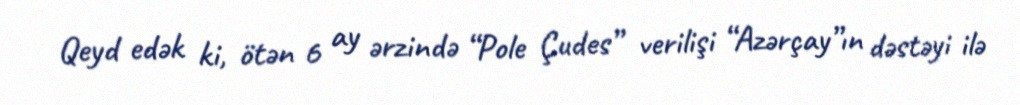
Qeyd edək ki, ötən 6 ay ərzində “Pole Çudes” verilişi “Azərçay”ın dəstəyi ilə